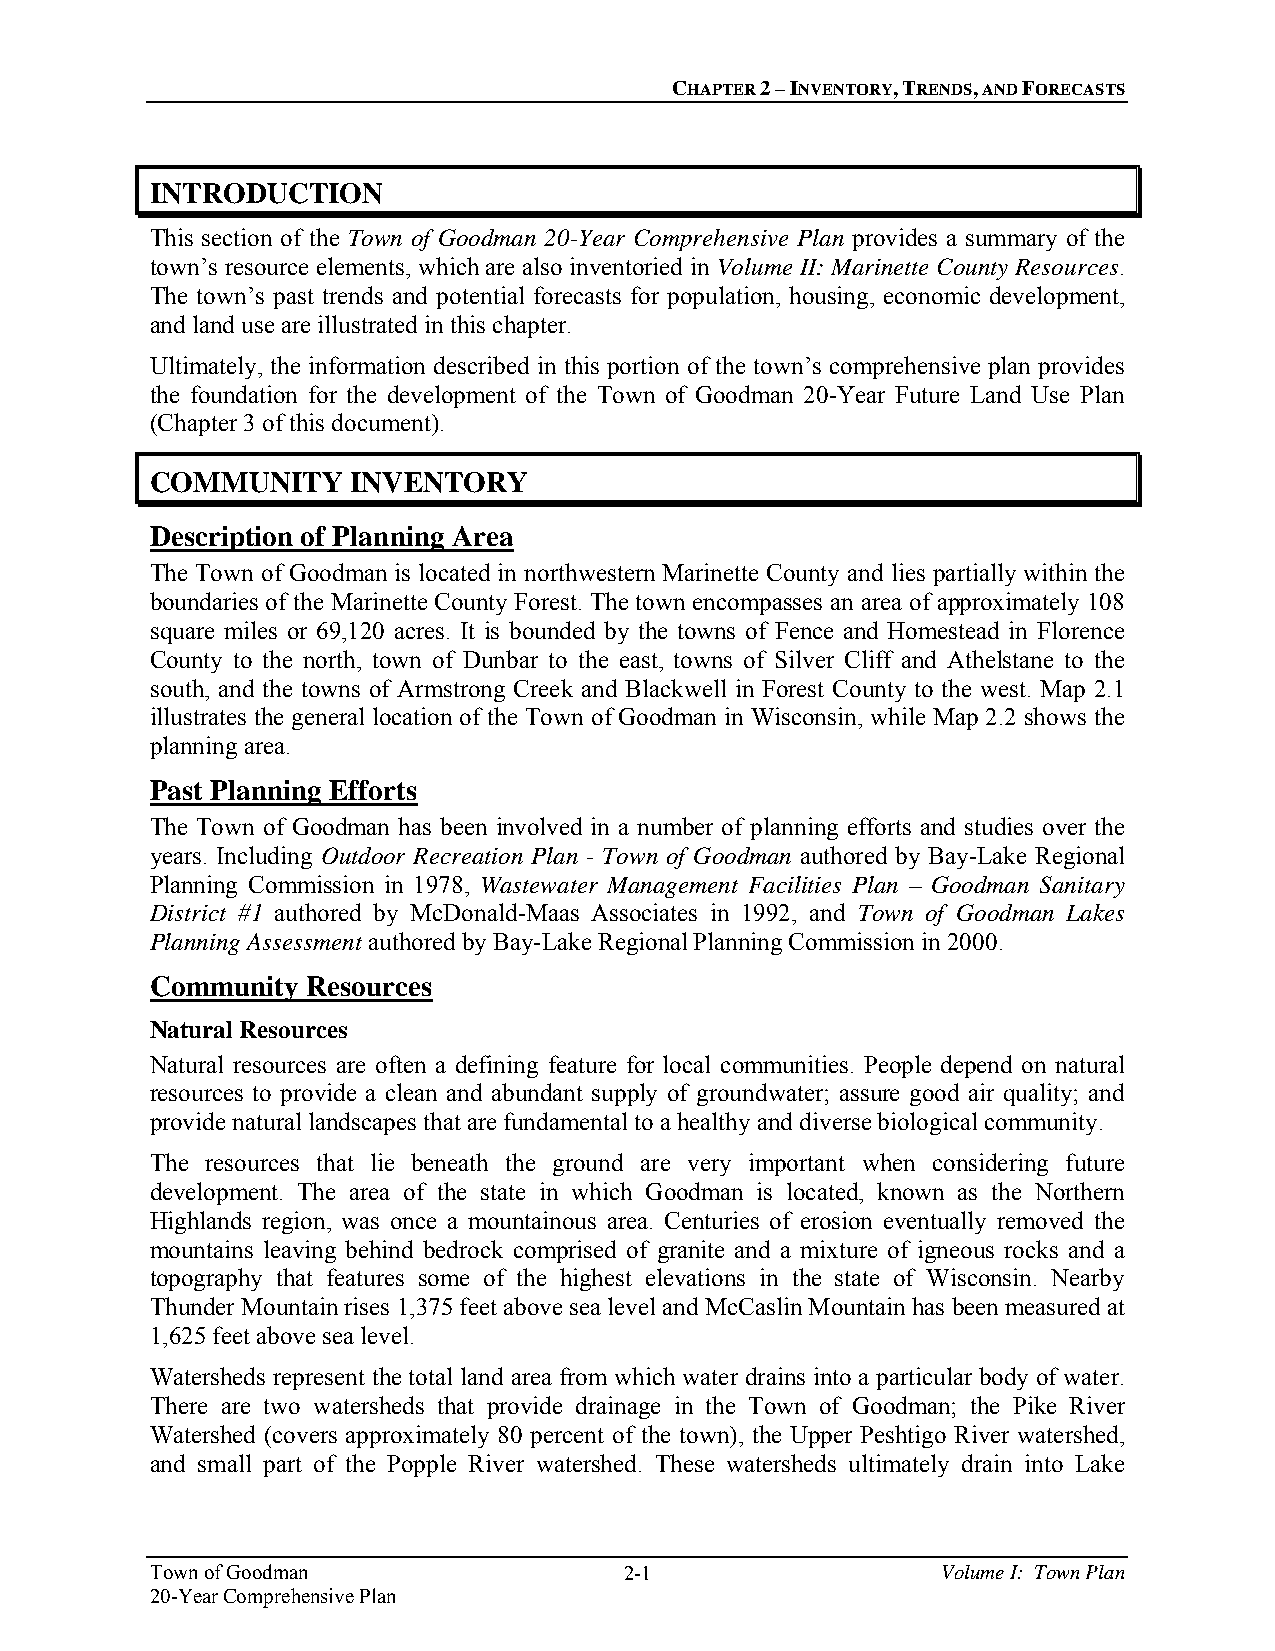
CHAPTER 2 – INVENTORY, TRENDS, AND FORECASTS
 INTRODUCTION
 This section of the Town of Goodman 20-Year Comprehensive Plan provides a summary of the
 town’s resource elements, which are also inventoried in Volume II: Marinette County Resources.
 The town’s past trends and potential forecasts for population, housing, economic development,
 and land use are illustrated in this chapter.
 Ultimately, the information described in this portion of the town’s comprehensive plan provides
 the foundation for the development of the Town of Goodman 20-Year Future Land Use Plan
 (Chapter 3 of this document).
 COMMUNITY    INVENTORY
 Description of Planning Area
 The Town of Goodman is located in northwestern Marinette County and lies partially within the
 boundaries of the Marinette County Forest. The town encompasses an area of approximately 108
 square miles or 69,120 acres. It is bounded by the towns of Fence and Homestead in Florence
 County to the north, town of Dunbar to the east, towns of Silver Cliff and Athelstane to the
 south, and the towns of Armstrong Creek and Blackwell in Forest County to the west. Map 2.1
 illustrates the general location of the Town of Goodman in Wisconsin, while Map 2.2 shows the
 planning area.
 Past Planning Efforts
 The Town of Goodman has been involved in a number of planning efforts and studies over the
 years. Including Outdoor Recreation Plan - Town of Goodman authored by Bay-Lake Regional
 Planning Commission in 1978, Wastewater Management Facilities Plan – Goodman Sanitary
 District #1 authored by McDonald-Maas Associates in 1992, and Town of Goodman Lakes
 Planning Assessment authored by Bay-Lake Regional Planning Commission in 2000.
 Community Resources
 Natural Resources
 Natural resources are often a defining feature for local communities. People depend on natural
 resources to provide a clean and abundant supply of groundwater; assure good air quality; and
 provide natural landscapes that are fundamental to a healthy and diverse biological community.
 The resources that lie beneath the ground are very important when considering future
 development. The area of the state in which Goodman is located, known as the Northern
 Highlands region, was once a mountainous area. Centuries of erosion eventually removed the
 mountains leaving behind bedrock comprised of granite and a mixture of igneous rocks and a
 topography that features some of the highest elevations in the state of Wisconsin. Nearby
 Thunder Mountain rises 1,375 feet above sea level and McCaslin Mountain has been measured at
 1,625 feet above sea level.
 Watersheds represent the total land area from which water drains into a particular body of water.
 There are two watersheds that provide drainage in the Town of Goodman; the Pike River
 Watershed (covers approximately 80 percent of the town), the Upper Peshtigo River watershed,
 and small part of the Popple River watershed. These watersheds ultimately drain into Lake
 Town of Goodman                2-1                  Volume I: Town Plan
 20-Year Comprehensive Plan